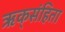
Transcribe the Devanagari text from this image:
ऋक्‌संहिता